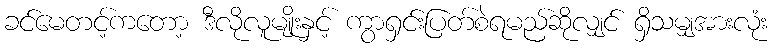
ခင်မေတင့်ကတော့ ဒီလိုလူမျိုးနှင့် ကွာရှင်းပြတ်စဲရမည်ဆိုလျှင် ရှိသမျှအားလုံး